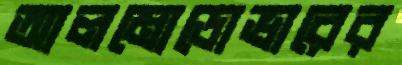
আলমোডোভারের